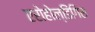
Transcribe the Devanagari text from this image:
एरोहोल्डिंगिस